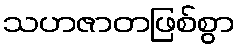
သဟဇာတဖြစ်စွာ